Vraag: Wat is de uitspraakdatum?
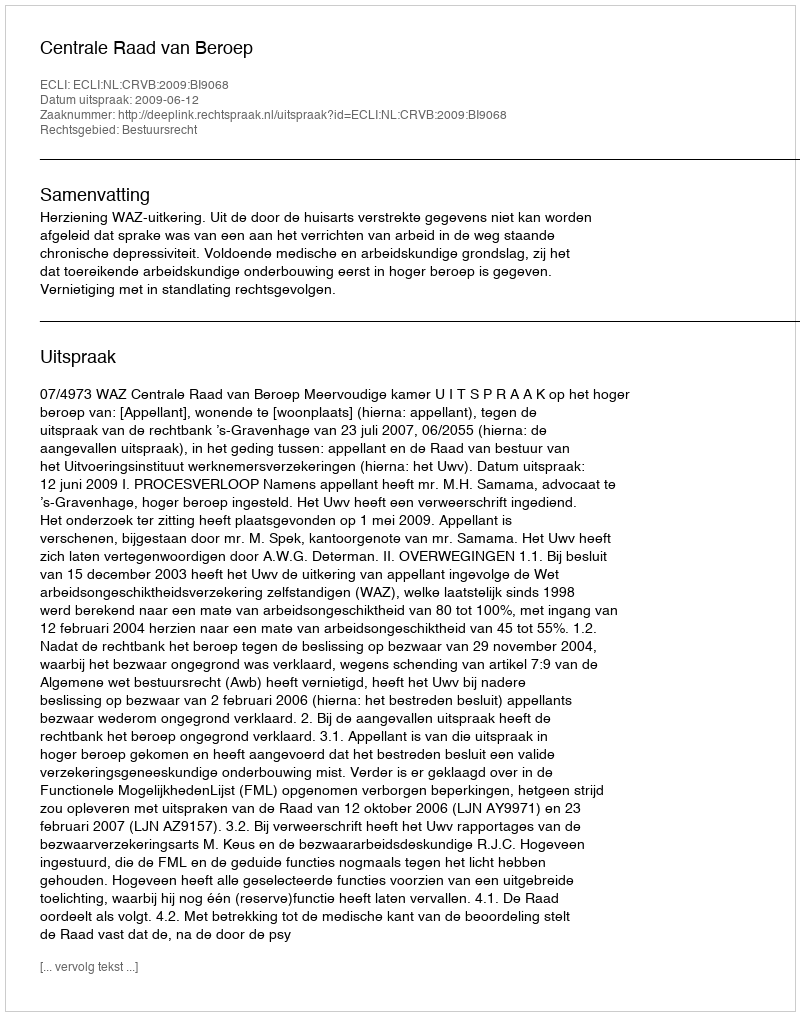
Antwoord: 2009-06-12